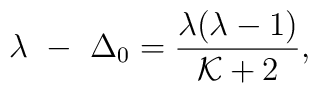
\lambda~-~\Delta_0 ={\lambda(\lambda -1)\over {\cal K}+2},